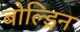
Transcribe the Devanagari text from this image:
बोल्ड्रिन